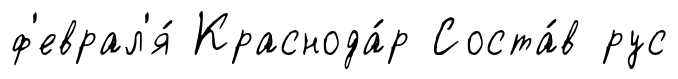
ф'еврал'я́ Краснода́р Соста́в рус